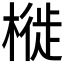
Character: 𣘊